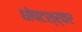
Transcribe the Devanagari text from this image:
धोपटश्र्वर